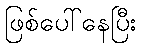
ဖြစ်ပေါ်နေပြီး